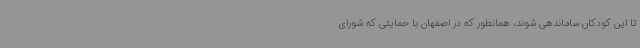
تا این کودکان ساماندهی شوند، همانطور که در اصفهان با حمایتی که شورای